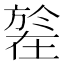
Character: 𣄒